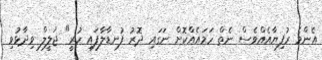
އެންމެ ރުފިޔާއެއްވެސް ނެތް ހަމައެއްކޮށް ނަގައި ދޮރު ފުނޑާލާފައި ހުރީ" ޖަލީލް ވިދާޅުވި